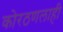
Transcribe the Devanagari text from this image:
कोरठणलाही